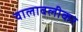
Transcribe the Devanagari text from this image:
वालावलीकर